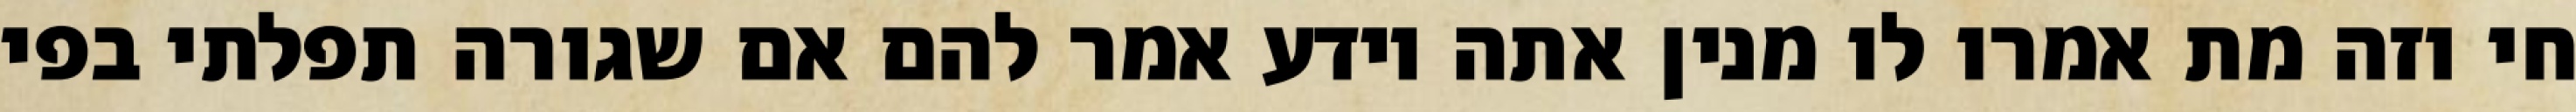
חי וזה מת אמרו לו מנין אתה יודע אמר להם אם שגורה תפלתי בפי